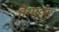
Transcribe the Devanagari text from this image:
तैगाच्या